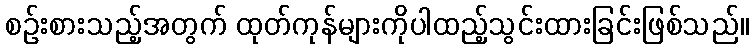
စဉ်းစားသည့်အတွက် ထုတ်ကုန်များကိုပါထည့်သွင်းထားခြင်းဖြစ်သည်။